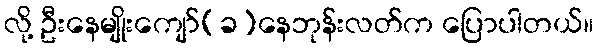
လို့ ဦးနေမျိုးကျော်(ခ)နေဘုန်းလတ်က ပြောပါတယ်။